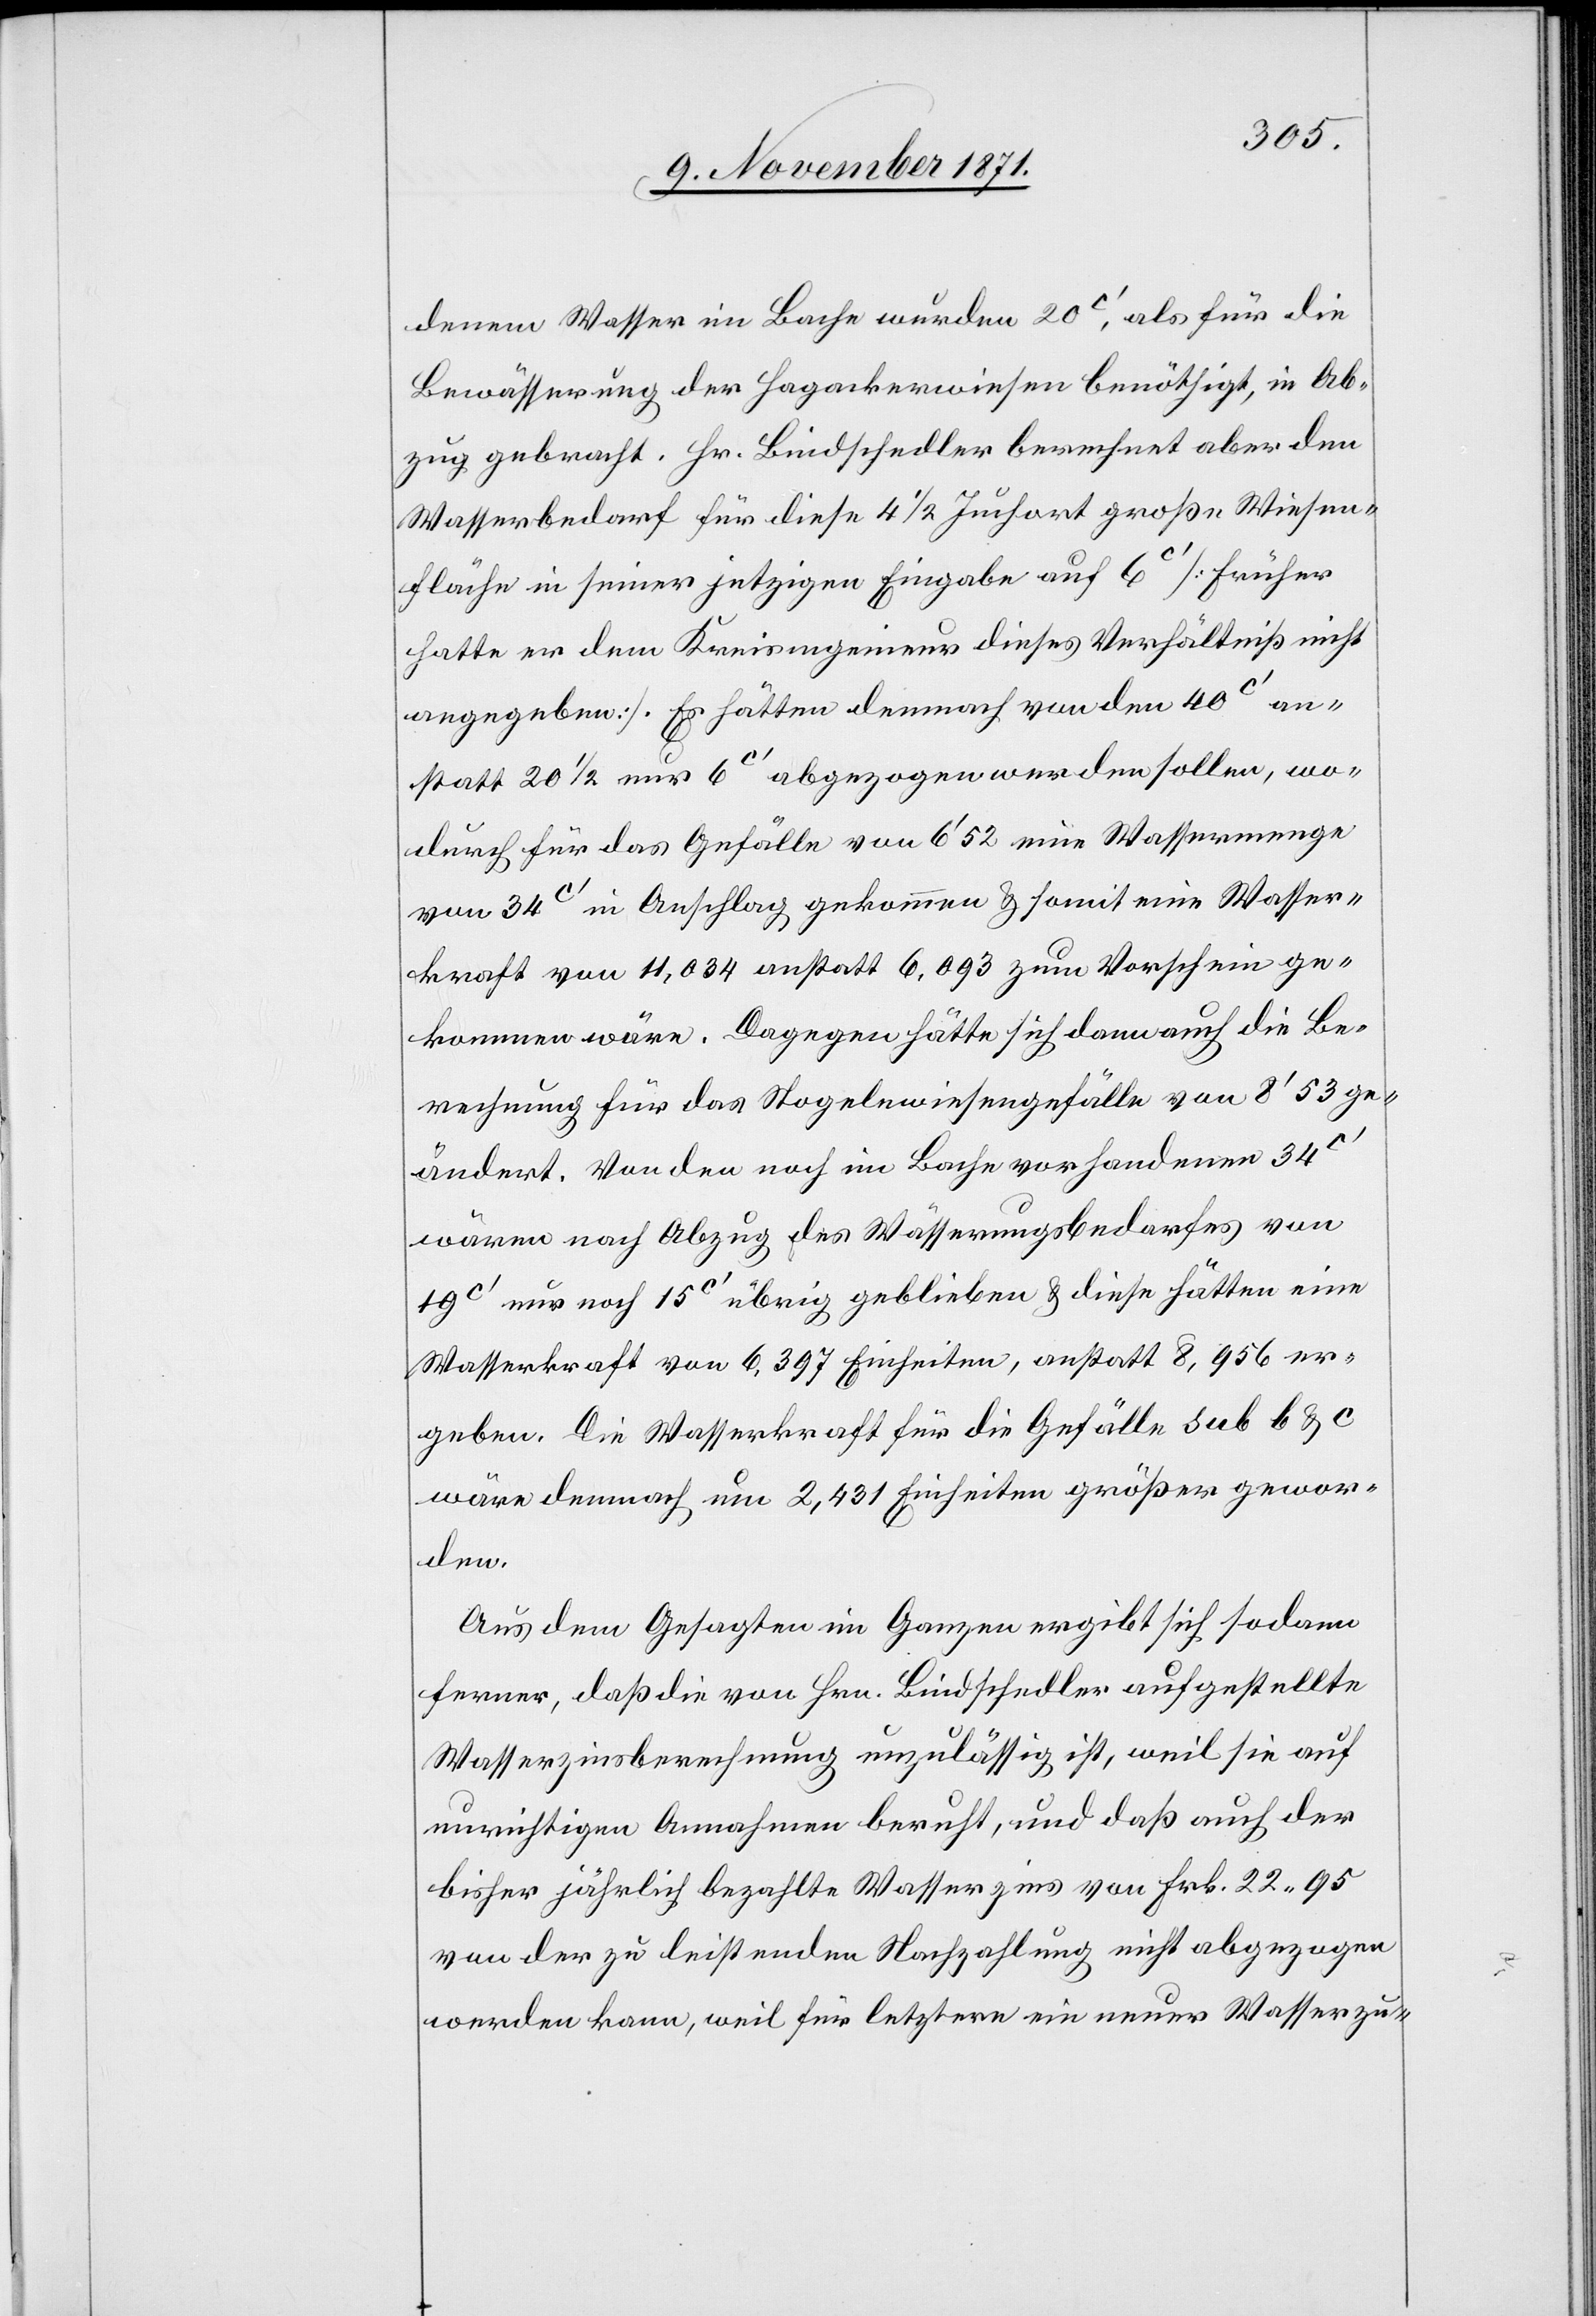
denem Wasser im Bache wurden 20c’, als für die
Bewässerung der Hagackerwiesen benöthigt, in Ab¬
zug gebracht. Hr. Bindschedler berechnet aber den
Wasserbedarf für diese 4 1/2 Juchart große Wiesen¬
fläche in seiner jetzigen Eingabe auf 6c’ [früher
hatte er dem Kreisingenieur dieses Verhältniß nicht
angegeben]. Es hätten demnach von den 40c’ an¬
statt 20 1/2 nur 6c’ abgezogen werden sollen, wo¬
durch für das Gefälle von 6’52 eine Wassermenge
von 34c’ in Anschlag gekommen & somit eine Wasser¬
kraft von 11,034 anstatt 6,093 zum Vorschein ge¬
kommen wäre. Dagegen hätte sich dann auch die Be¬
rechnung für das Stogelwiesengefälle von 8’53 ge¬
ändert. Von den noch im Bache vorhandenen 34c’
wären nach Abzug des Wasserungsbedarfes von
19c’ nur noch 15c’ übrig geblieben & diese hätten eine
Wasserkraft von 6,397 Einheiten, anstatt 8,956 er¬
geben. Die Wasserkraft für die Gefälle sub b & c
wäre demnach um 2,431 Einheiten größer gewor¬
den.
Aus dem Gesagten im Ganzen ergibt sich sodann
ferner, daß die von Hrn. Bindschedler aufgestellte
Wasserzinsberechnung unzulässig ist, weil sie auf
unrichtigen Annahmen beruht, und daß auch der
bisher jährlich bezahlte Wasserzins von Frk. 22,95
von der zu leistenden Nachzahlung nicht abgezogen
werden kann, weil für letztern ein neuer Wasserzu-